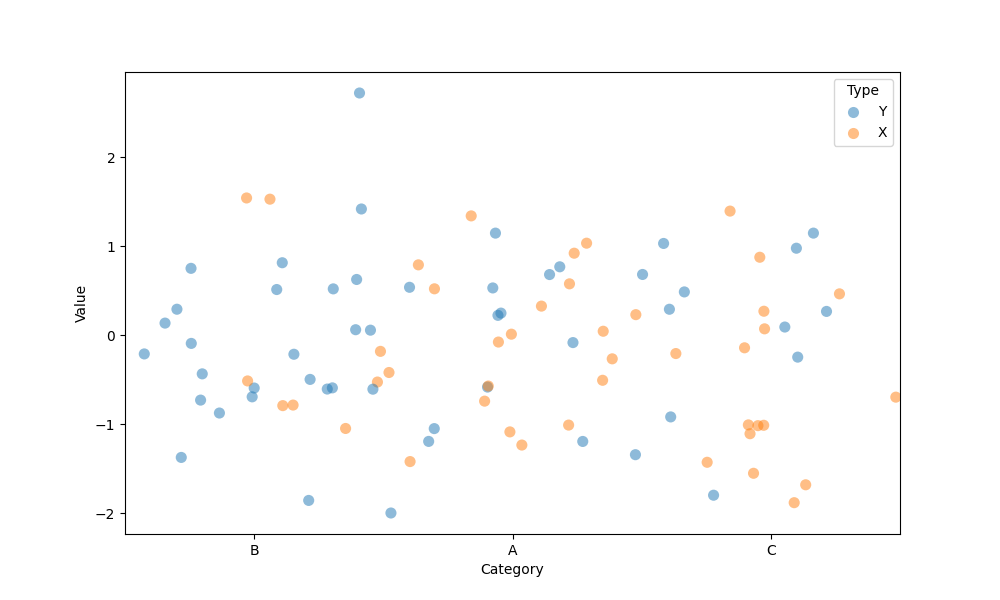
python, seaborn, stripplot, jitter=True, dodge=True, alpha=0.5, size=8